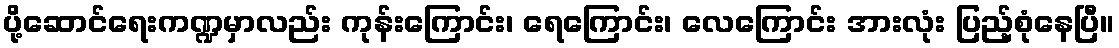
ပို့ဆောင်ရေးကဏ္ဍမှာလည်း ကုန်းကြောင်း၊ ရေကြောင်း၊ လေကြောင်း အားလုံး ပြည့်စုံနေပြီ။